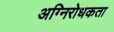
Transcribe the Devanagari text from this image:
अग्निरोधकता